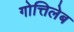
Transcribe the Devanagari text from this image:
गोत्तिलेब